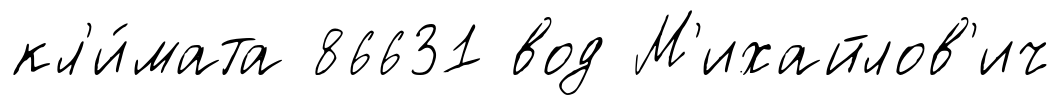
кл'и́мата 86631 вод М'ихайлов'ич